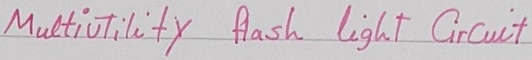
Text: Multiutility  flash  light   Circuit